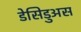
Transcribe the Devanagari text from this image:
डेसिडुअस